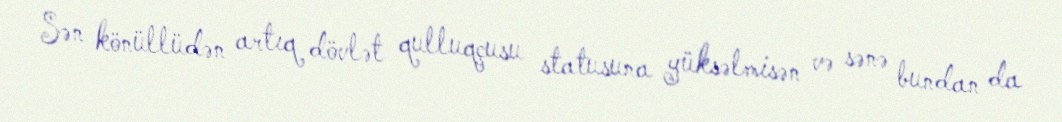
Sən könüllüdən artıq dövlət qulluqçusu statusuna yüksəlmisən və sənə bundan da